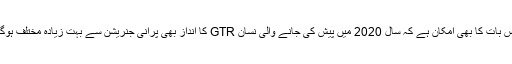
اس بات کا بھی امکان ہے کہ سال 2020 میں پیش کی جانے والی نسان GTR کا انداز بھی پرانی جنریشن سے بہت زیادہ مختلف ہوگا۔